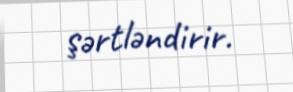
şərtləndirir.